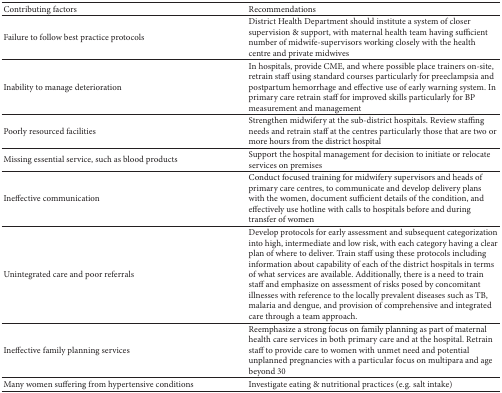
<table><thead><tr><td><b>Contributing factors</b></td><td><b>Recommendations</b></td></tr></thead><tbody><tr><td>Failure to follow best practice protocols</td><td>District Health Department should institute a system of closer supervision &amp; support, with maternal health team having sufficient number of midwife-supervisors working closely with the health centre and private midwives</td></tr><tr><td>Inability to manage deterioration</td><td>In hospitals, provide CME, and where possible place trainers on-site, retrain staff using standard courses particularly for preeclampsia and postpartum hemorrhage and effective use of early warning system. In primary care retrain staff for improved skills particularly for BP measurement and management</td></tr><tr><td>Poorly resourced facilities</td><td>Strengthen midwifery at the sub-district hospitals. Review staffing needs and retrain staff at the centres particularly those that are two or more hours from the district hospital</td></tr><tr><td>Missing essential service, such as blood products</td><td>Support the hospital management for decision to initiate or relocate services on premises</td></tr><tr><td>Ineffective communication</td><td>Conduct focused training for midwifery supervisors and heads of primary care centres, to communicate and develop delivery plans with the women, document sufficient details of the condition, and effectively use hotline with calls to hospitals before and during transfer of women</td></tr><tr><td>Unintegrated care and poor referrals</td><td>Develop protocols for early assessment and subsequent categorization into high, intermediate and low risk, with each category having a clear plan of where to deliver. Train staff using these protocols including information about capability of each of the district hospitals in terms of what services are available. Additionally, there is a need to train staff and emphasize on assessment of risks posed by concomitant illnesses with reference to the locally prevalent diseases such as TB, malaria and dengue, and provision of comprehensive and integrated care through a team approach.</td></tr><tr><td>Ineffective family planning services</td><td>Reemphasize a strong focus on family planning as part of maternal health care services in both primary care and at the hospital. Retrain staff to provide care to women with unmet need and potential unplanned pregnancies with a particular focus on multipara and age beyond 30</td></tr><tr><td>Many women suffering from hypertensive conditions</td><td>Investigate eating &amp; nutritional practices (e.g. salt intake)</td></tr></tbody></table>